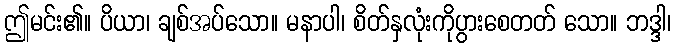
ဤမင်း၏။ ပိယာ၊ ချစ်အပ်သော။ မနာပါ၊ စိတ်နှလုံးကိုပွားစေတတ် သော။ ဘဒ္ဒါ၊